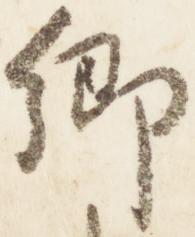
卿